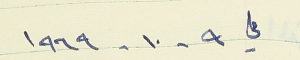
في  ٩ - ١٠ - ١٩٦٩